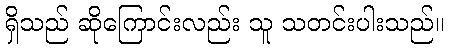
ရှိသည် ဆိုကြောင်းလည်း သူ သတင်းပါးသည်။